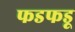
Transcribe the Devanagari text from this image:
फडफडू